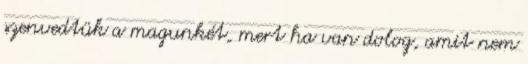
szenvedtük a magunkét, mert ha van dolog, amit nem